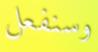
وسنفعل